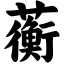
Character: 蘅